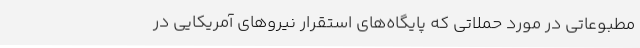
مطبوعاتی در مورد حملاتی که پایگاه‌های استقرار نیروهای آمریکایی در